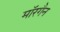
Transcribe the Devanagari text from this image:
मॉरगैन